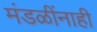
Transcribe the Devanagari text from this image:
मंडळींनाही